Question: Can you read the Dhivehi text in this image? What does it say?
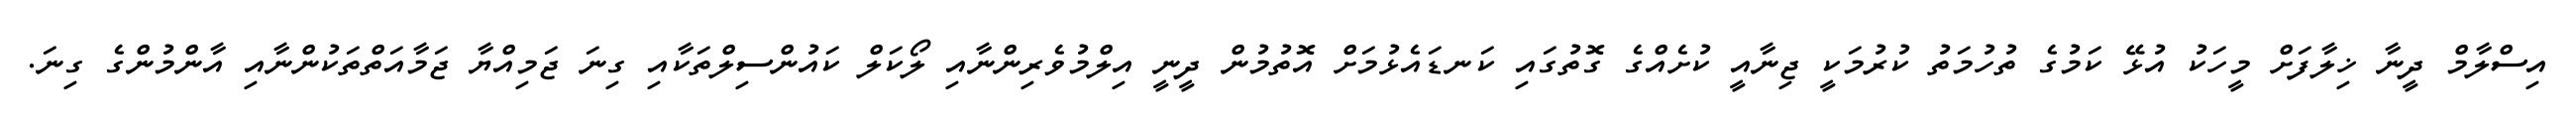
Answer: އިސްލާމް ދީނާ ޚިލާފަށް މީހަކު އުޅޭ ކަމުގެ ތުހުމަތު ކުރުމަކީ ޖިނާއީ ކުށެއްގެ ގޮތުގައި ކަނޑައެޅުމަށް އޮތުމުން ދީނީ އިލްމުވެރިންނާއި ލޯކަލް ކައުންސިލްތަކާއި ގިނަ ޖަމިއްޔާ ޖަމާއަތްތަކުންނާއި އާންމުންގެ ގިނަ.